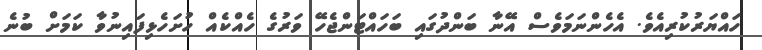
ހައްޔަރުކުރިއެވެ. އެހެންނަމަވެސް އޭނާ ބަންދުގައި ބަހައްޓަންޖެހޭ ވަރުގެ ހެއްކެއް ހުށަހެޅިފައިނުވާ ކަމަށް ބުނެ